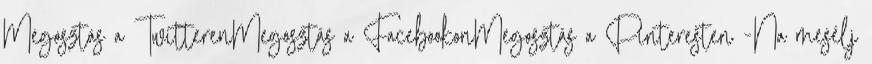
Megosztás a TwitterenMegosztás a FacebookonMegosztás a Pinteresten -Na mesélj